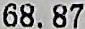
68.87